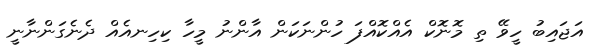
އަޖައިބު ހީވޭ ތި މޮނޮކް އެއްކޮއްފަ ހުންނަކަން އާންނު މީހާ ކިހިނއެއް ދެނެގަންނާނީ